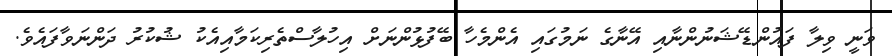
ވަނީ ވިލާ ފައުންޑޭޝަނުންނާއި އޭނާގެ ނަމުގައި އެންމެހާ ބޭފުޅުންނަށް އިހުލާސްތެރިކަމާއިއެކު ޝުކުރު ދަންނަވާފައެވެ.